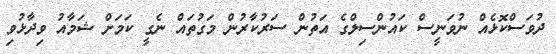
ދުވަސްކޮޅެއް ނުވަނީސް ކައުންސިލްގެ އަތުން ސަރުކާރުން މަގުތައް ނެގީ ކަމަށް ޝަމާއު ވިދާޅުވި